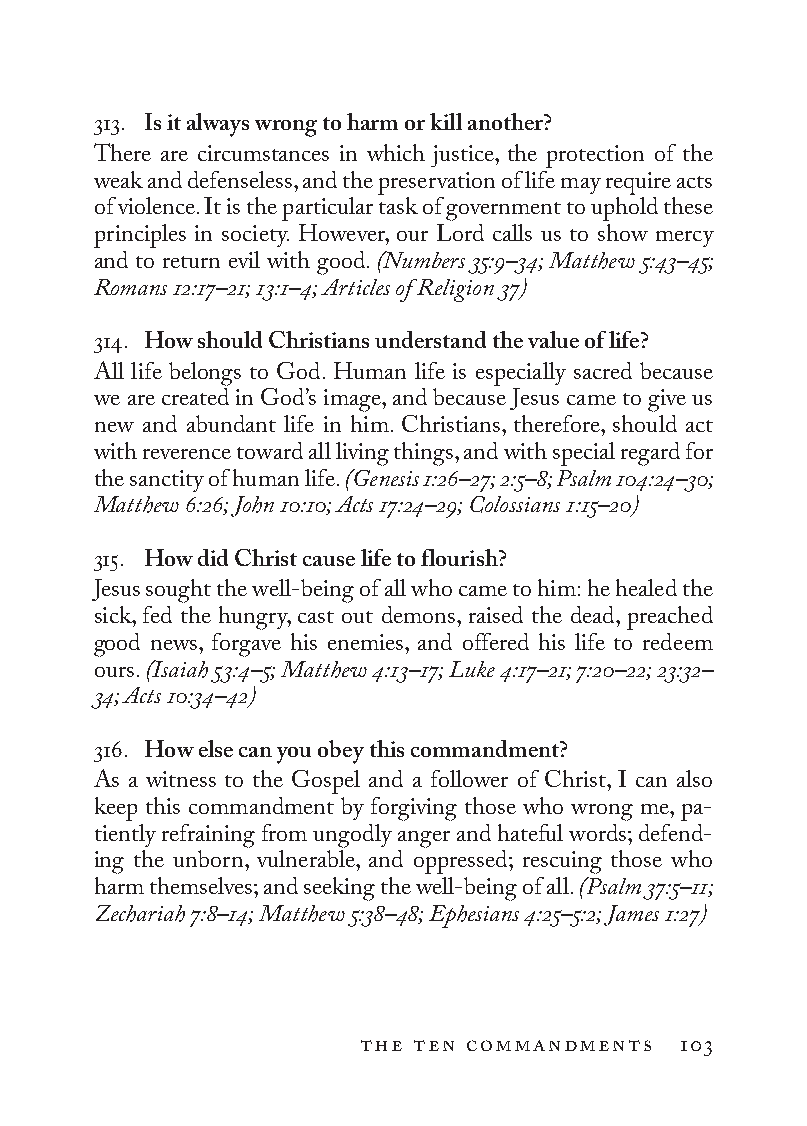
313. Is it always wrong to harm or kill another?
 There are circumstances in which justice, the protection of the
 weak and defenseless, and the preservation of life may require acts
 of violence. It is the particular task of government to uphold these
 principles in society. However, our Lord calls us to show mercy
 and to return evil with good. (Numbers 35:9–34; Matthew 5:43–45;
 Romans 12:17–21; 13:1–4; Articles of Religion 37)
 314. How should Christians understand the value of life?
 All life belongs to God. Human life is especially sacred because
 we are created in God’s image, and because Jesus came to give us
 new and abundant life in him. Christians, therefore, should act
 with reverence toward all living things, and with special regard for
 the sanctity of human life. (Genesis 1:26–27; 2:5–8; Psalm 104:24–30;
 Matthew 6:26; John 10:10; Acts 17:24–29; Colossians 1:15–20)
 315. How did Christ cause life to flourish?
 Jesus sought the well-being of all who came to him: he healed the
 sick, fed the hungry, cast out demons, raised the dead, preached
 good news, forgave his enemies, and offered his life to redeem
 ours. (Isaiah 53:4–5; Matthew 4:13–17; Luke 4:17–21; 7:20–22; 23:32–
 34; Acts 10:34–42)
 316. How else can you obey this commandment?
 As a witness to the Gospel and a follower of Christ, I can also
 keep this commandment by forgiving those who wrong me, pa-
 tiently refraining from ungodly anger and hateful words; defend-
 ing the unborn, vulnerable, and oppressed; rescuing those who
 harm themselves; and seeking the well-being of all. (Psalm 37:5–11;
 Zechariah 7:8–14; Matthew 5:38–48; Ephesians 4:25–5:2; James 1:27)
 the ten commandments 103
 To be a Christian.566776.int.indd 103       11/13/19 1:31 PM